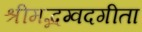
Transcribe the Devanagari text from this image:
श्रीमद्भग्वदगीता